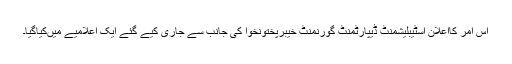
اس امر کااعلان اسٹیبلیشمنٹ ڈیپارٹمنٹ گورنمنٹ خیبرپختونخوا کی جانب سے جاری کیے گئے ایک اعلامیے میںکیاگیا۔